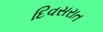
દિવસરાત